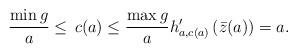
LaTeX: \begin{align*}\frac{\min g}{a}\le \,c(a)\le \frac{\max g}{a} h_{a,c(a)}'\left( \bar z(a)\right)=a.\end{align*}